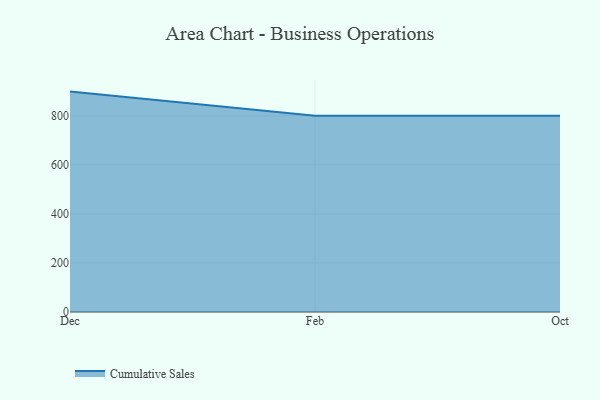
{"axis": {"x": "Month", "y": "Waste Production (Tons)"}, "legend": ["Cumulative Sales"], "data": [{"x": "Dec", "y": 898.6, "type": "Cumulative Sales"}, {"x": "Feb", "y": 800, "type": "Cumulative Sales"}, {"x": "Oct", "y": 800, "type": "Cumulative Sales"}]}